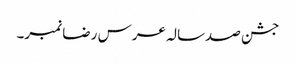
جشن صدسالہ عرس رضا نمبر۔